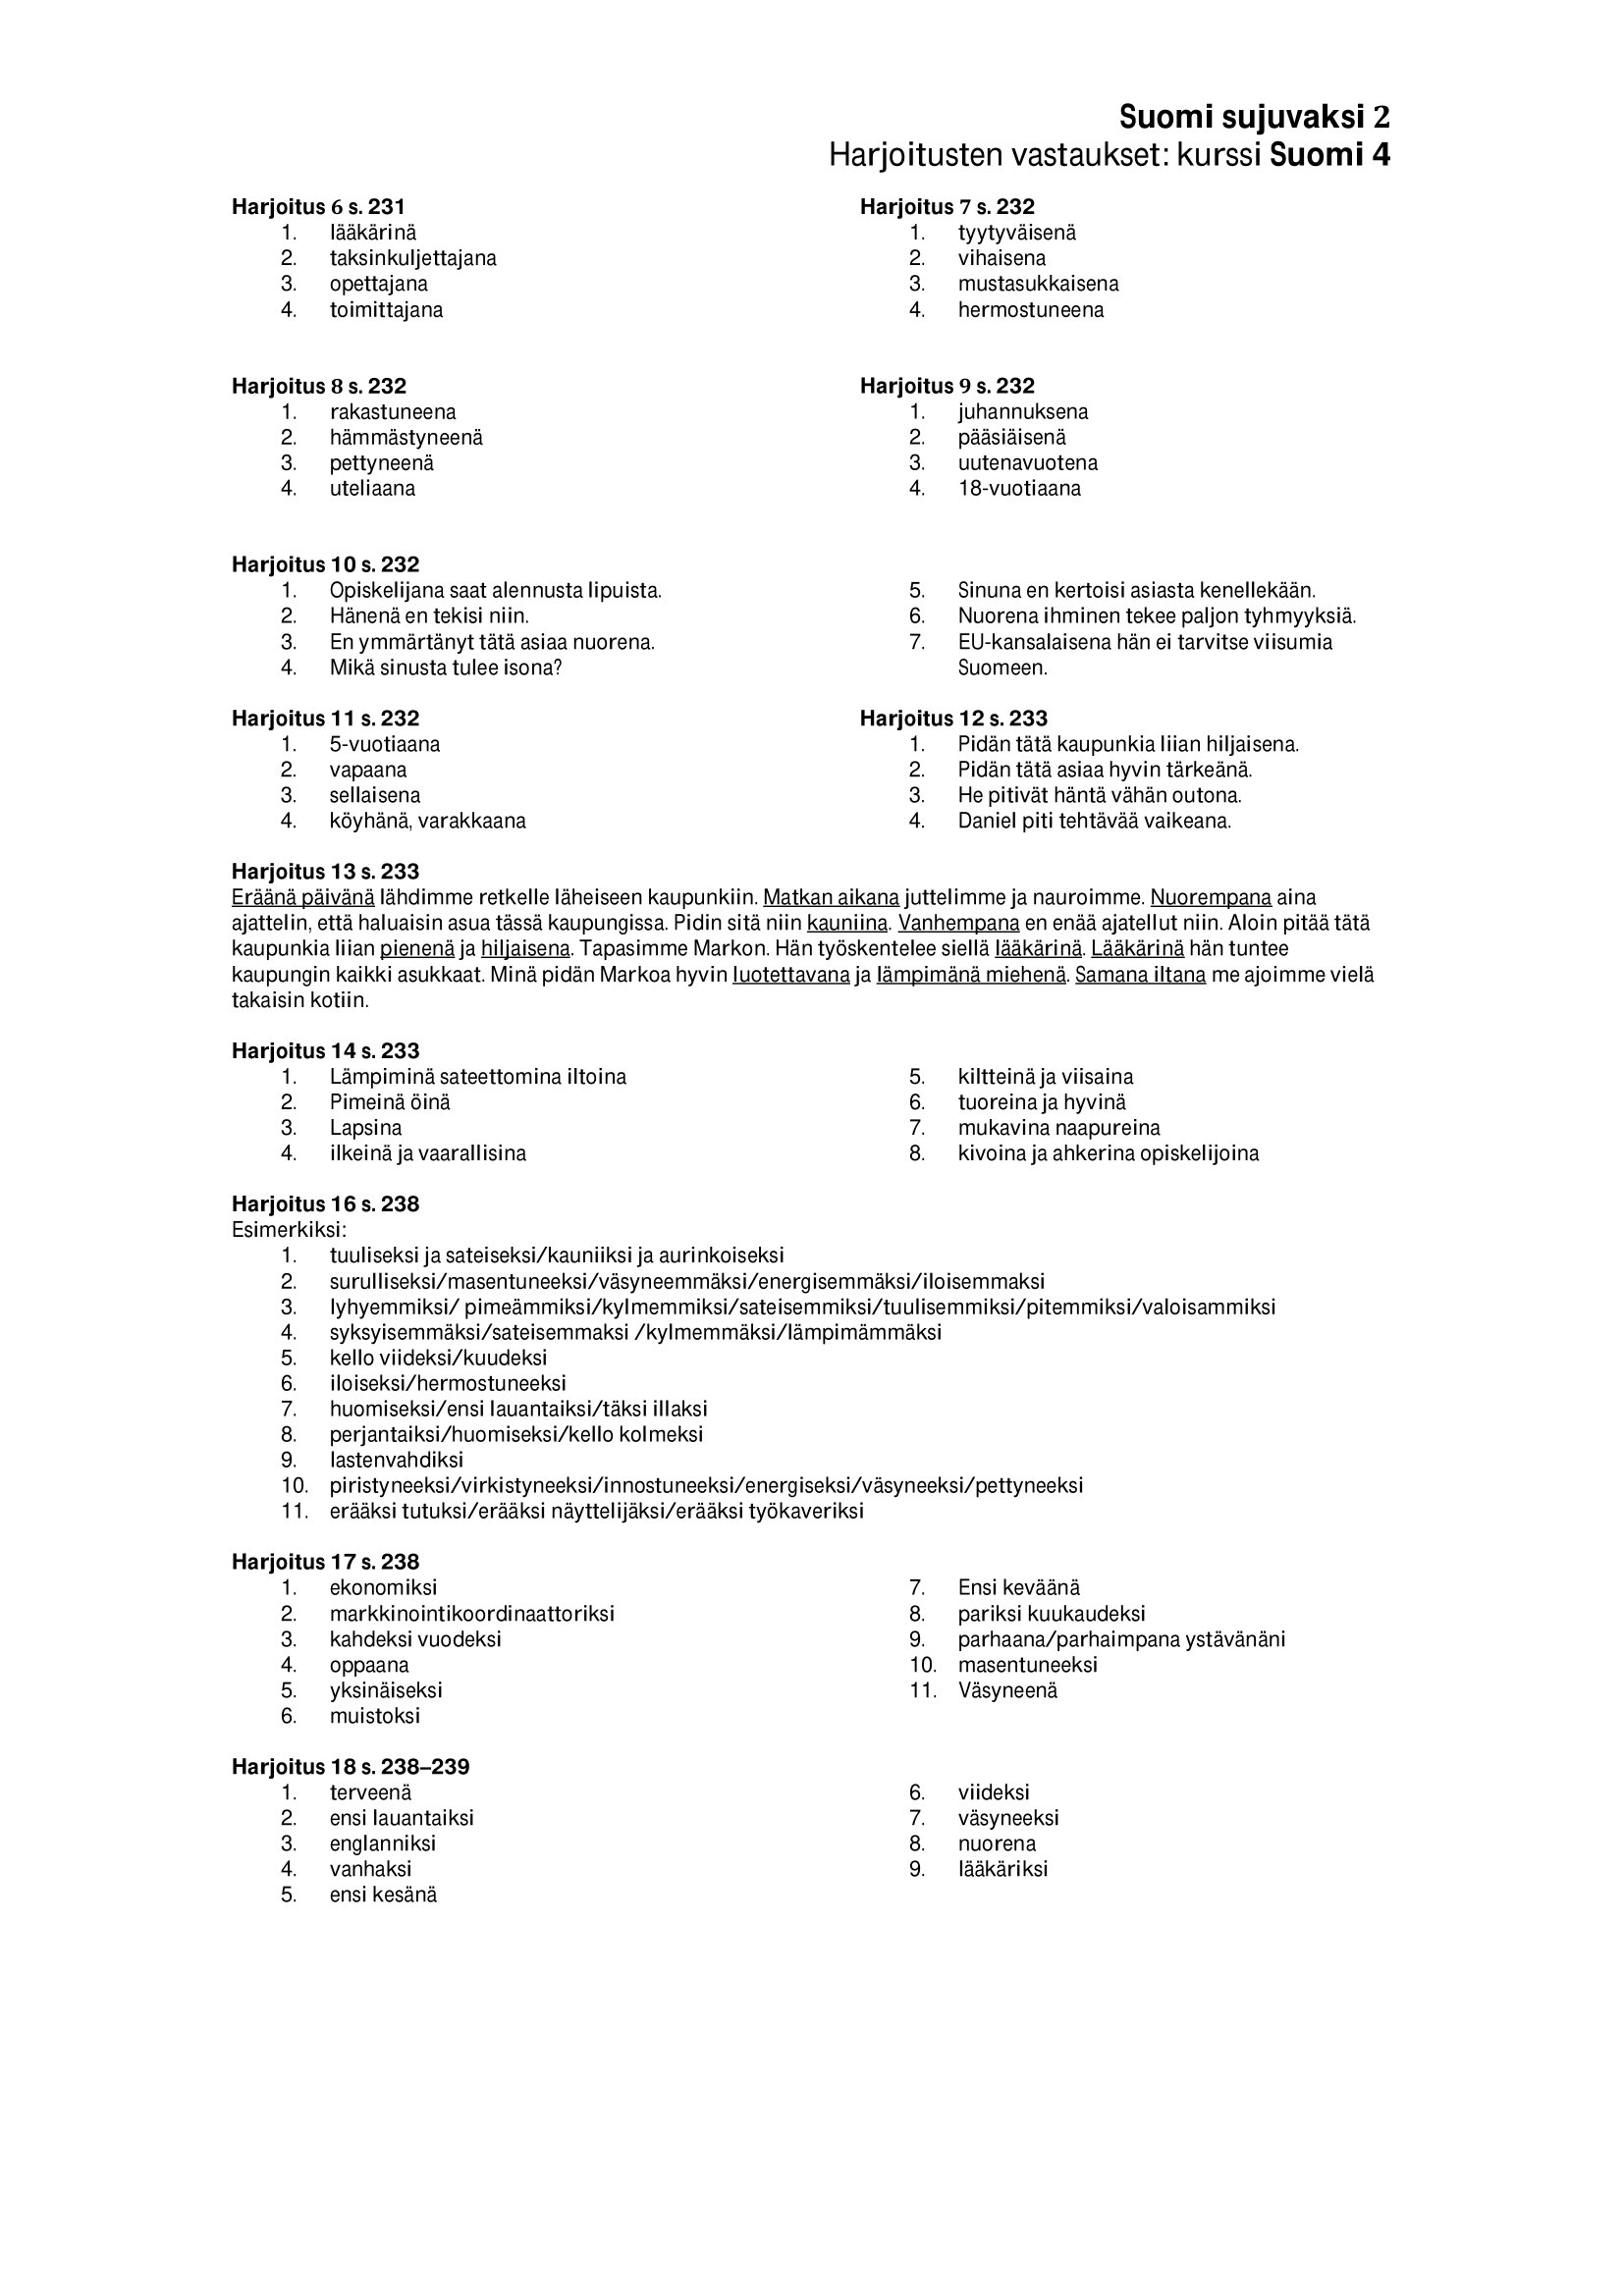
Language: fn